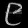
Digit: ၉